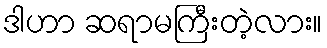
ဒါဟာ ဆရာမကြီးတဲ့လား။